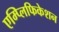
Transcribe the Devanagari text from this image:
एम्प्लिफिकेशन